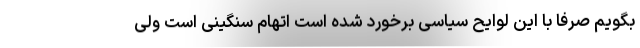
بگویم صرفا با این لوایح سیاسی برخورد شده است اتهام سنگینی است ولی